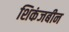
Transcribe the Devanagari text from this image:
शिकंजबीन